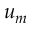
u _ { m }